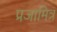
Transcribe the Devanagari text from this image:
प्रजामित्र